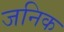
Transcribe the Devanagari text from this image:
जनिक